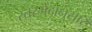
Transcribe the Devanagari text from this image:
स्तरभेदानुसार